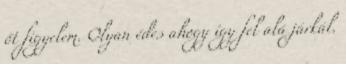
őt figyelem. Olyan édes ahogy így fel alá járkál.